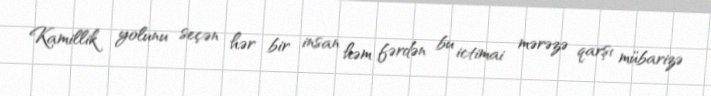
Kamillik yolunu seçən hər bir insan həm fərdən bu ictimai mərəzə qarşı mübarizə